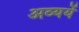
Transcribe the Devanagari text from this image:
अव्ययें